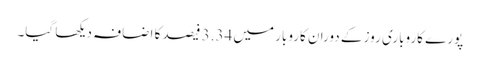
پورے کاروباری روز کے دوران کاروبار میں 3.34 فیصد کا اضافہ دیکھا گیا۔